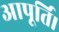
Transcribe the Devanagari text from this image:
आपूर्ति।